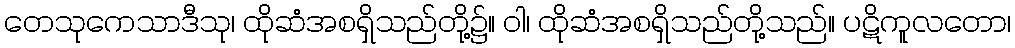
တေသုကေသာဒီသု၊ ထိုဆံအစရှိသည်တို့၌။ ဝါ၊ ထိုဆံအစရှိသည်တို့သည်။ ပဋိကူလတော၊